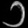
Digit: ၁